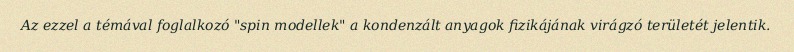
Az ezzel a témával foglalkozó "spin modellek" a kondenzált anyagok fizikájának virágzó területét jelentik.